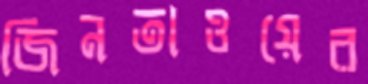
জিনতাওয়ের